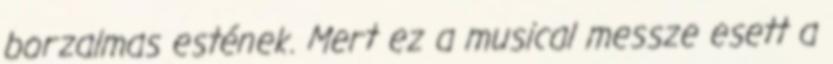
borzalmas estének. Mert ez a musical messze esett a